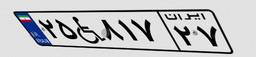
۲۵W۸۱۷۲۷